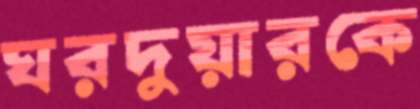
ঘরদুয়ারকে